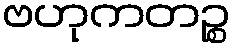
ဗဟုကတဉ္စ